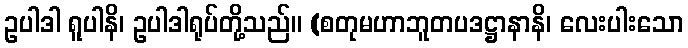
ဥပါဒါ ရူပါနိ၊ ဥပါဒါရုပ်တို့သည်။ (စတုမဟာဘူတပဒဋ္ဌာနာနိ၊ လေးပါးသော